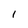
Character: I